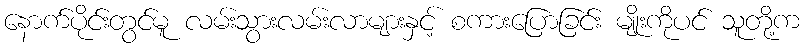
နောက်ပိုင်းတွင်မူ လမ်းသွားလမ်းလာများနှင့် စကားပြောခြင်း မျိုးကိုပင် သူတို့က